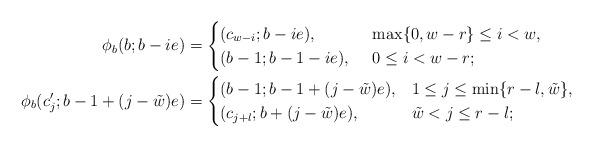
LaTeX: \begin{align*}\phi_b(b; b-ie) &=\begin{cases}(c_{w - i}; b-ie), & \max\{0,w -r\} \leq i < w,\\(b-1; b-1-ie), \;\, & 0 \leq i < w-r;\end{cases} \\\phi_b(c'_j; b-1 + (j-\tilde{w})e) &=\begin{cases}(b-1; b-1 + (j-\tilde{w})e), & 1\leq j \leq \min\{r-l,\tilde{w}\}, \\(c_{j+l}; b+(j-\tilde{w})e), & \tilde{w} < j \leq r-l;\end{cases}\end{align*}